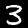
Label: 3